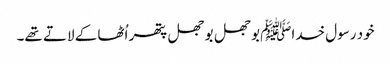
خود رسول خداﷺ بوجھل بوجھل پتھر اُٹھا کے لاتے تھے۔